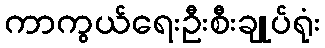
ကာကွယ်ရေးဦးစီးချုပ်ရုံး